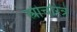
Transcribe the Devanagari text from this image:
स्त्रीचरित्रे